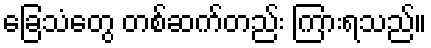
ခြေသံတွေ တစ်ဆက်တည်း ကြားရသည်။